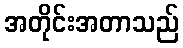
အတိုင်းအတာသည်